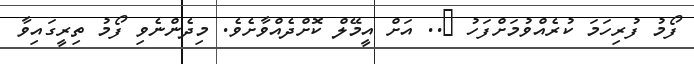
ފޯމު ފުރިހަމަ ކުރެއްވުމަށްފަހު @.. އަށް އީމޭލް ކޮށްދެއްވާށެވެ. މިދެންނެވި ފޯމު ތިރީގައިވާ